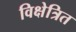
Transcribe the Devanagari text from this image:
विक्षेत्रित